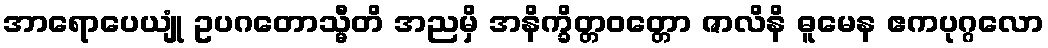
အာရောပေယျုံ ဥပဂတောသ္မီတိ အညမှိ အနိက္ခိတ္တဝတ္တော ဇာလိနိ ဓူမေန ဧကပုဂ္ဂလော